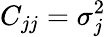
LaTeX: C_{jj}=\sigma_{j}^{2}